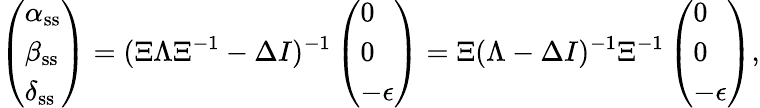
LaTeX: \left(\begin{array}{l}{\alpha_{\textrm{ss}}}\\ {\beta_{\textrm{ss}}}\\ {\delta_{\textrm{ss}}}\end{array}\right)=(\Xi\Lambda\Xi^{-1}-\Delta I)^{-1}\left(\begin{array}{l}{0}\\ {0}\\ {-\epsilon}\end{array}\right)=\Xi(\Lambda-\Delta I)^{-1}\Xi^{-1}\left(\begin{array}{l}{0}\\ {0}\\ {-\epsilon}\end{array}\right),